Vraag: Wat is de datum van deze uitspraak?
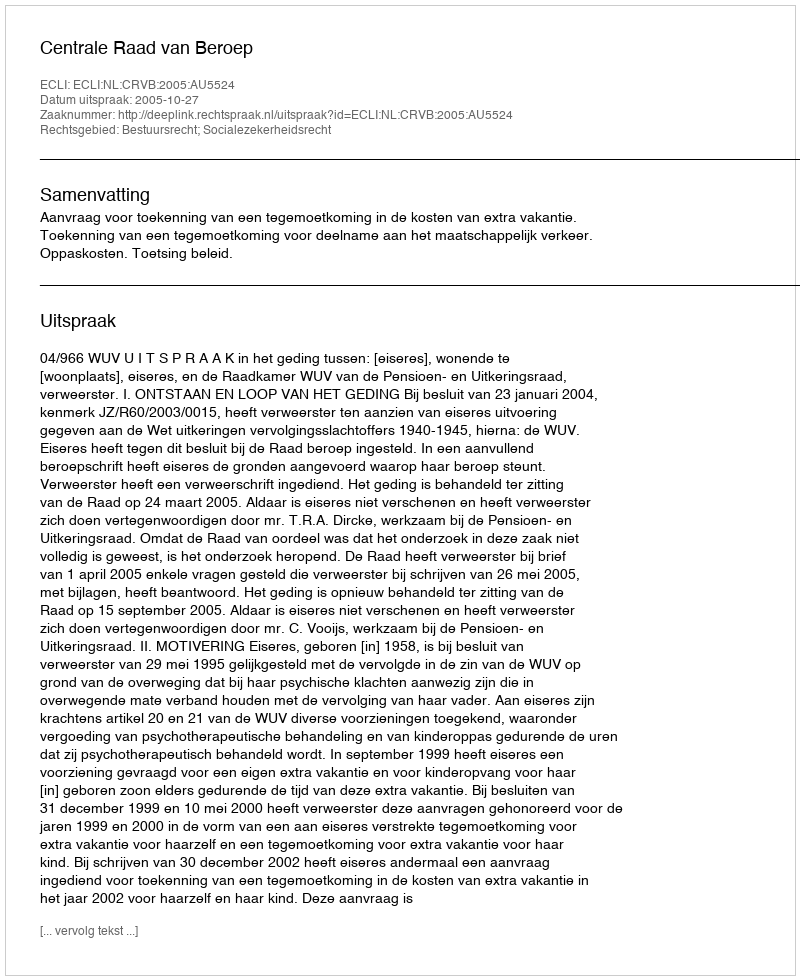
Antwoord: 2005-10-27